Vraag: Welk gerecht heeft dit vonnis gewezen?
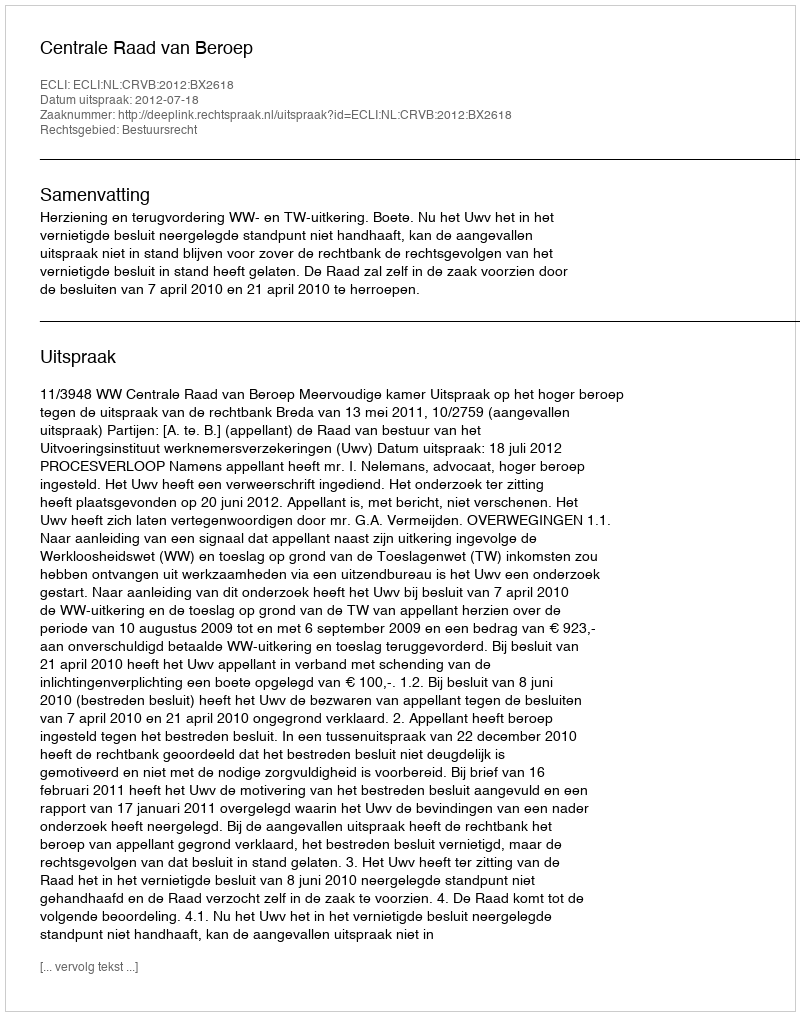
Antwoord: Centrale Raad van Beroep